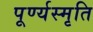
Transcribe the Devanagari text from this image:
पूर्ण्यस्मृति